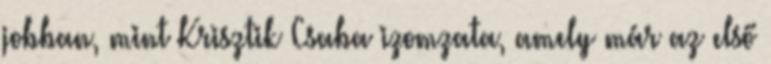
jobban, mint Krisztik Csaba izomzata, amely már az első